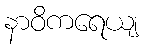
နာဝိကရေယျ